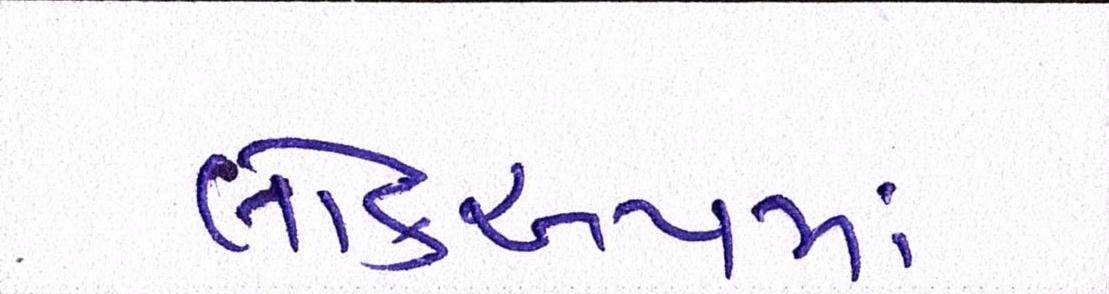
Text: લોકઅપમાં